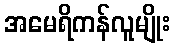
အမေရိကန်လူမျိုး